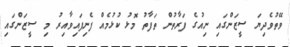
ވޭޭތުވެދިޔަ ސީޒަންގައި ނިއުގެ ފަރާތުން ތަފާތު މޮޅު ކުޅުމެއް ފެނިފައިވާއިރު މި ސީޒަންގައިި